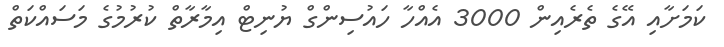
ކަމަށާއި އޭގެ ތެރެއިން 3000 އެއްހާ ހައުސިންގް ޔުނިޓް އިމާރާތް ކުރުމުގެ މަސައްކަތް